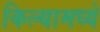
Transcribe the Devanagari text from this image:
किल्यामध्ये